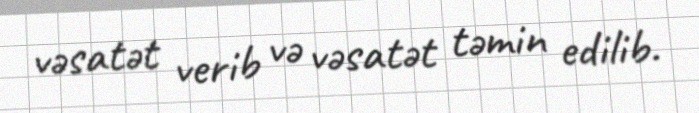
vəsatət verib və vəsatət təmin edilib.